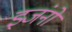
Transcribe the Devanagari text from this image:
इजंनो